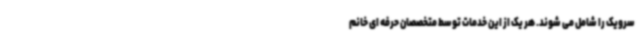
سرویک را شامل می شوند. هر یک از این خدمات توسط متخصصان حرفه ای خانم